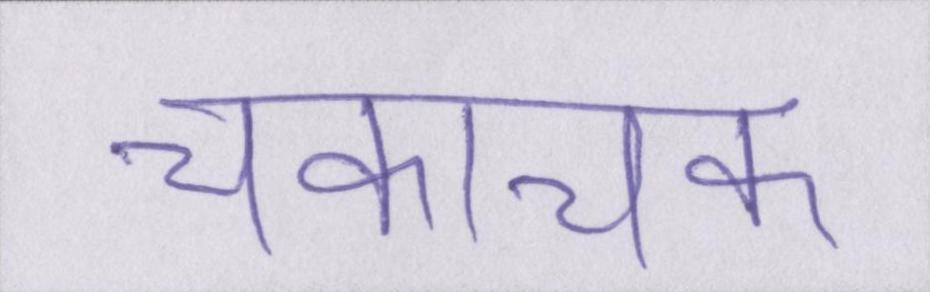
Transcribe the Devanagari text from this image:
चकाचक